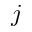
j